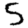
Digit: 5